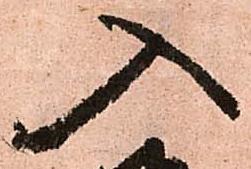
入